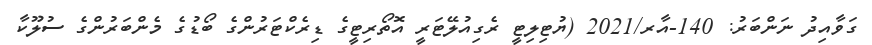
ގަވާއިދު ނަންބަރު: 140-އާރ/2021 (ޔުޓިލިޓީ ރެގިއުލޭޓަރީ އޮތޯރިޓީގެ ޑިރެކްޓަރުންގެ ބޯޑުގެ މެންބަރުންގެ ސުލޫކާ